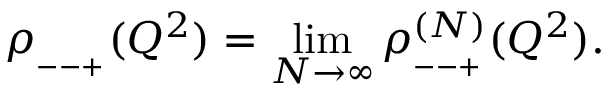
\rho _ { _ { -- + } } ( Q ^ { 2 } ) = \operatorname * { l i m } _ { N \rightarrow \infty } \rho _ { _ { -- + } } ^ { ( N ) } ( Q ^ { 2 } ) .